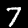
Digit: 7